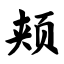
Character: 颊